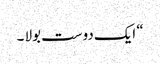
“ ایک دوست بولا ۔